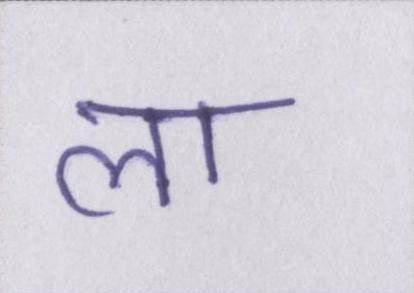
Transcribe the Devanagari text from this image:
ला